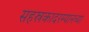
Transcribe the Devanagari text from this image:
सहस्रकादरम्यानच्या